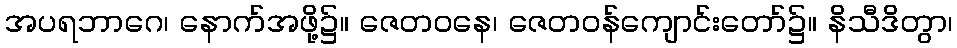
အပရဘာဂေ၊ နောက်အဖို့၌။ ဇေတဝနေ၊ ဇေတဝန်ကျောင်းတော်၌။ နိသီဒိတွာ၊